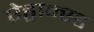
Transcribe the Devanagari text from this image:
ऐड्वान्स्ड